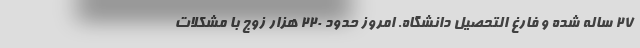
۲۷ ساله شده و فارغ التحصیل دانشگاه. امروز حدود ۲۲۰ هزار زوج با مشکلات